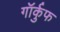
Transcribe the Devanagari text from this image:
गॉर्कुफ